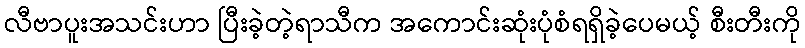
လီဗာပူးအသင်းဟာ ပြီးခဲ့တဲ့ရာသီက အကောင်းဆုံးပုံစံရရှိခဲ့ပေမယ့် စီးတီးကို